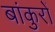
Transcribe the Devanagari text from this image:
बांकुरों